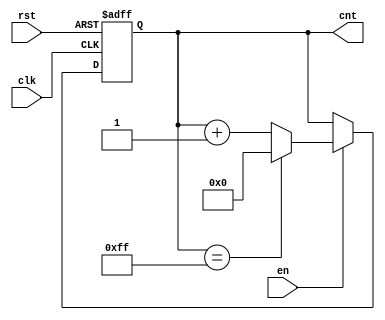
module incremental_counter (
    input wire clk,        // Clock signal
    input wire en,        // Enable signal
    input wire rst,       // Reset signal
    output reg [7:0] cnt  // 8-bit counter value
);

    // Parameters
    localparam MAX_COUNT = 8'hFF; // Maximum value for an 8-bit counter

    // Initial block for setting the initial count value
    initial begin
        cnt = 8'b0; // Initial value of the counter
    end

    // Always block for counter operation
    always @(posedge clk or posedge rst) begin
        if (rst) begin
            // Reset condition: set count to zero
            cnt <= 8'b0;
        end else if (en) begin
            // Increment condition: increment the counter
            if (cnt == MAX_COUNT) begin
                cnt <= 8'b0; // Wrap around on overflow
            end else begin
                cnt <= cnt + 1'b1; // Increment count
            end
        end
        // If enable is low, retain the current value
    end

endmodule